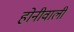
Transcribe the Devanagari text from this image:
होनीवाली